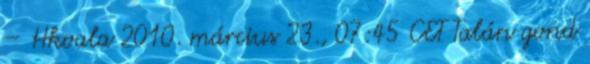
– Hkoala 2010. március 23., 07:45 CET Talán gond